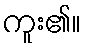
ကူး၏။